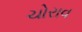
ચોરાવ